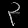
Digit: ၃